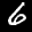
Label: 6